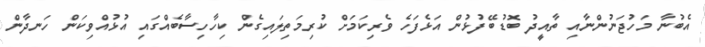
އެބުނާ މަހުޖަނުންނާއި ތާއީދު ބޮޑުބޭފުޅުން އަޅެފަހެ ވެރިކަމަށް ކުރިމަތިލައިގެން ކިހާހިސާބެއްގައި އުޅުއްވިކަން ހަނދާން